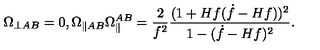
\Omega _ { \perp A B } = 0 , \Omega _ { \parallel A B } \Omega _ { \parallel } ^ { A B } = \frac { 2 } { f ^ { 2 } } \frac { ( 1 + H f ( \dot { f } - H f ) ) ^ { 2 } } { 1 - ( \dot { f } - H f ) ^ { 2 } } .